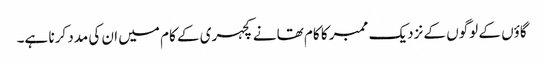
گاؤں کے لوگوں کے نزدیک ممبر کا کام تھانے کچہری کے کام میں ان کی مدد کرنا ہے۔